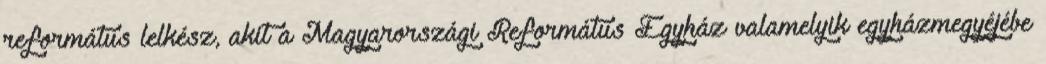
református lelkész, akit a Magyarországi Református Egyház valamelyik egyházmegyéjébe